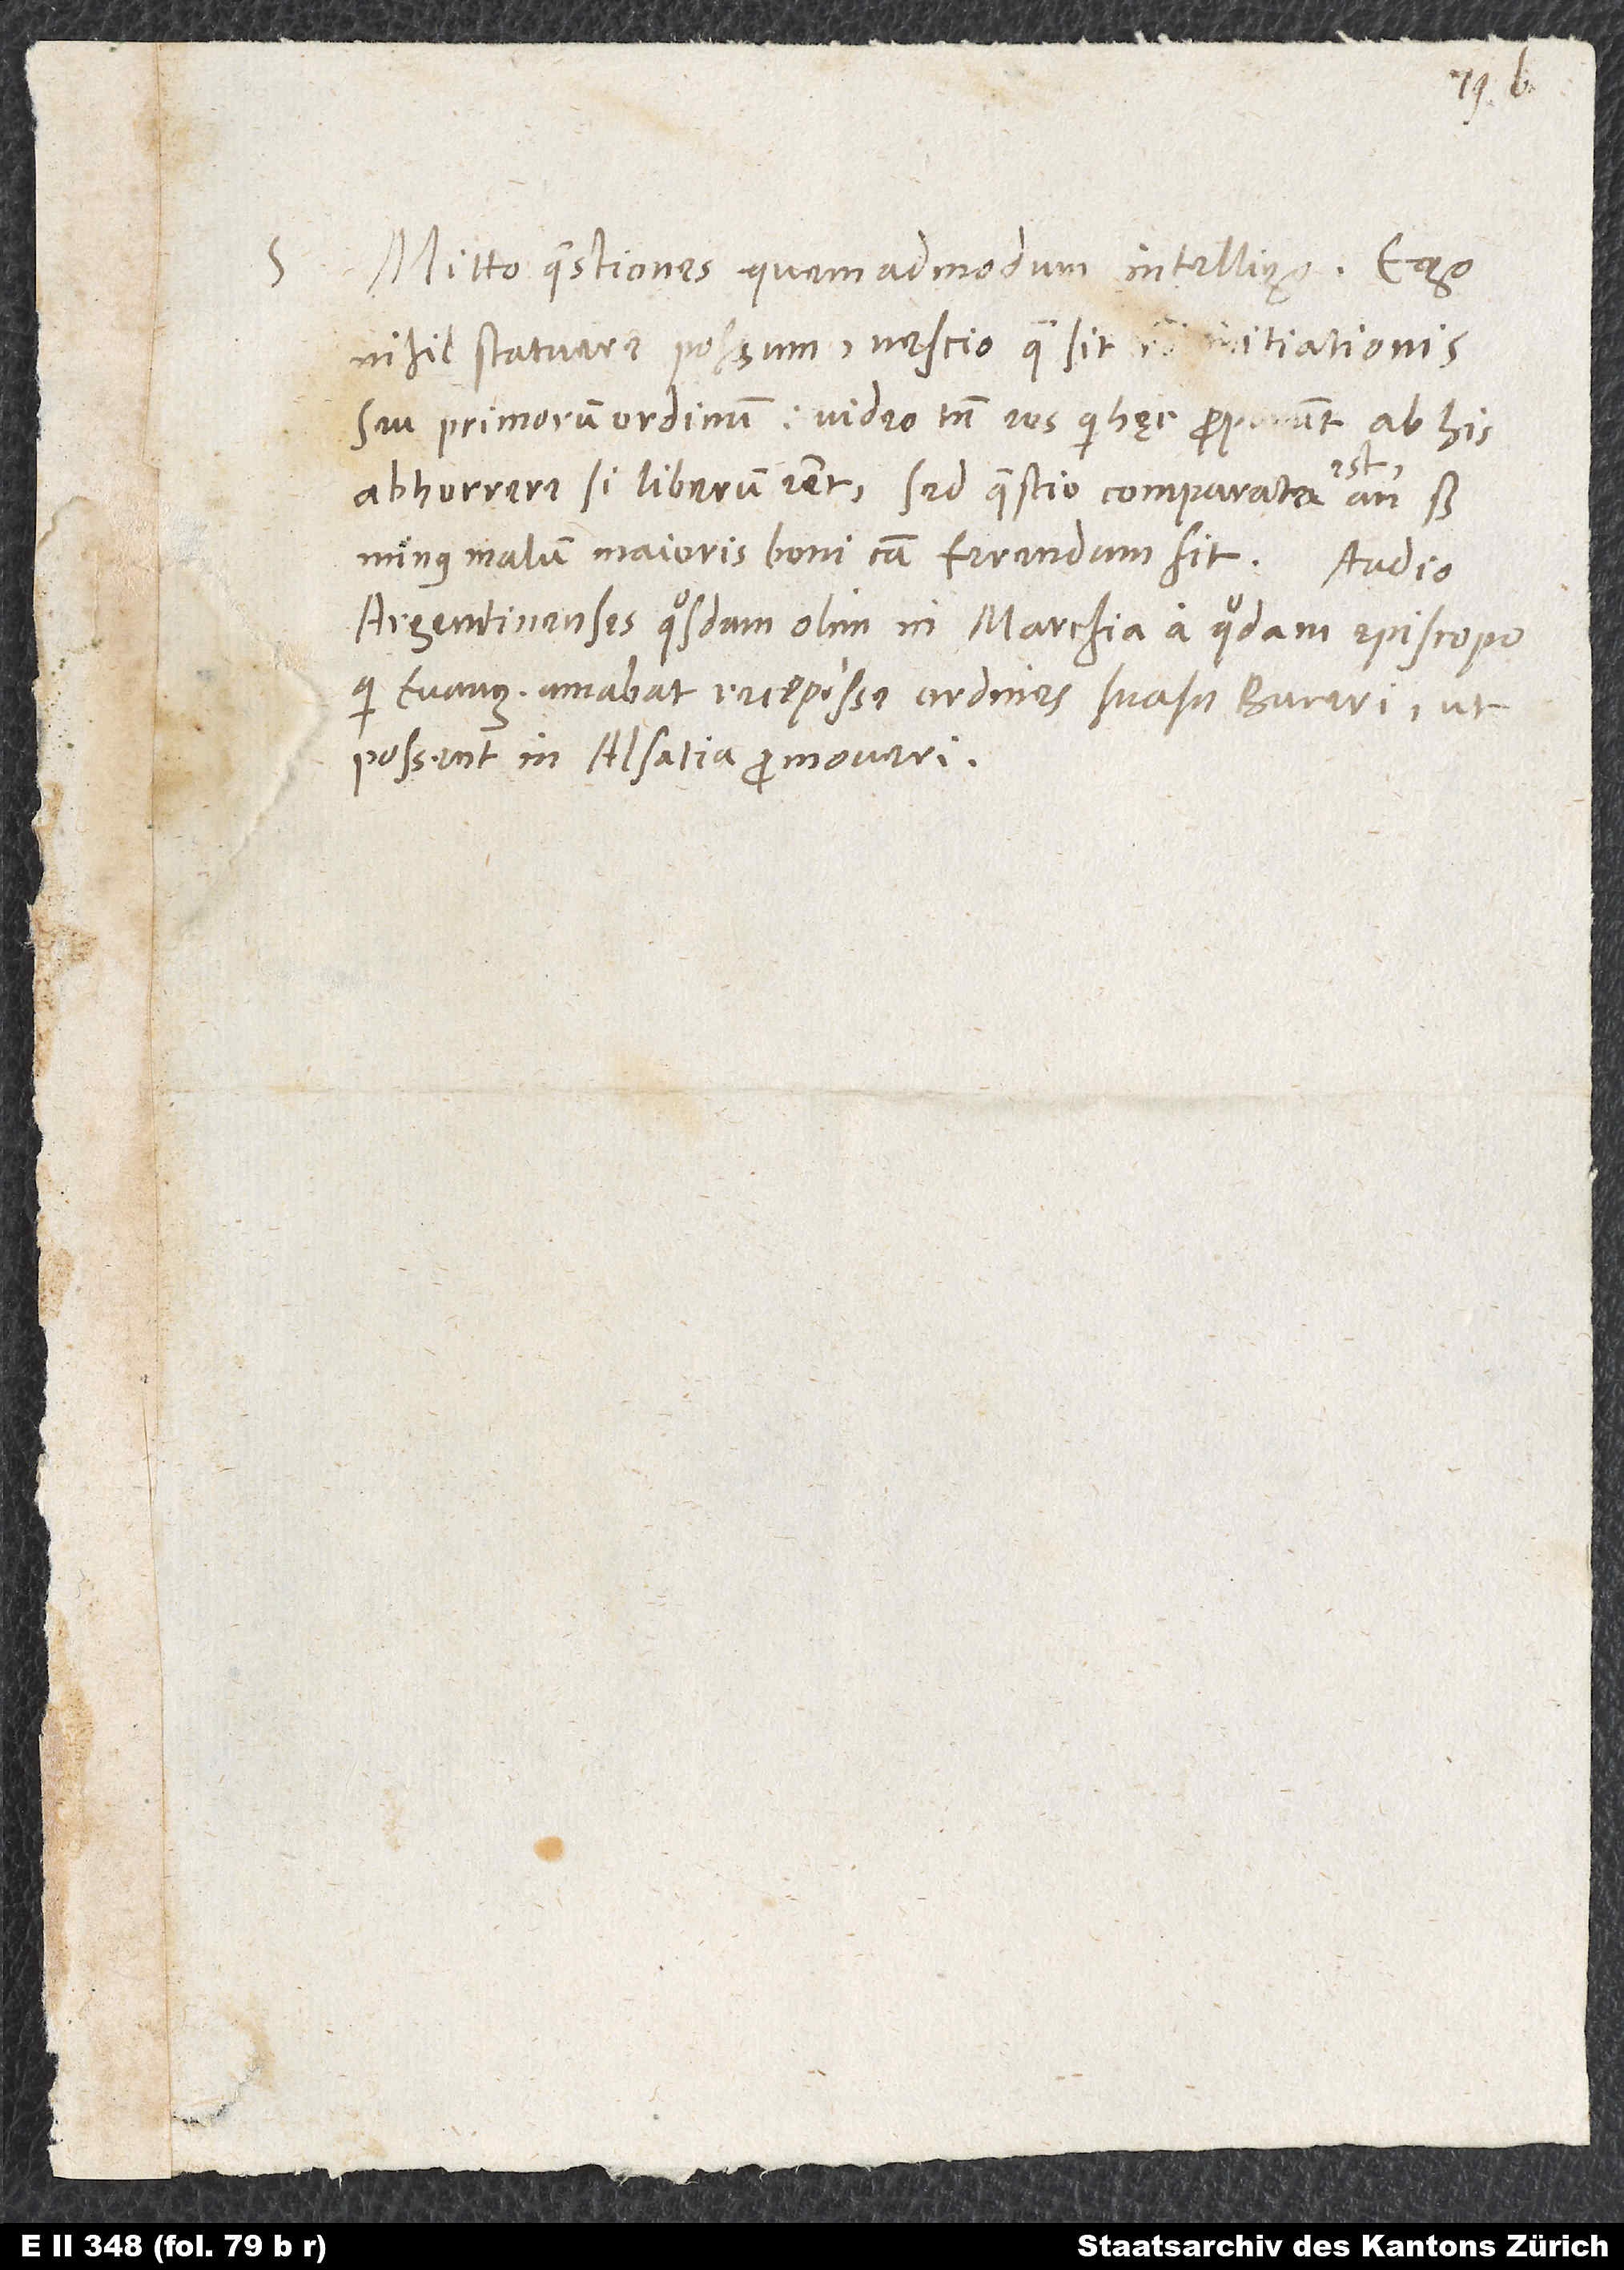
S.

Mitto quaestiones, quemadmodum intelligo. Ego
nihil statuere possum; nescio, quae sit ratio initiationis
abhorrere, si liberum esset. Sed quaestio comparata
Argentinenses quosdam olim in Marchia a quodam episcopo,
qui evangelium amabat, recepisse ordines suasu Buceri, ut
possent in Alsatio promoveri.